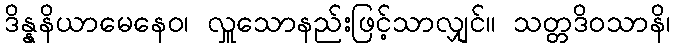
ဒိန္နနိယာမေနေဝ၊ လှူသောနည်းဖြင့်သာလျှင်။ သတ္တဒိဝသာနိ၊